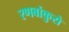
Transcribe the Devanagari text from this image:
रणबांकुरो